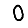
Digit: 0